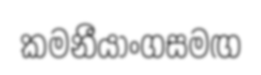
කමනීයාංගසමඟ